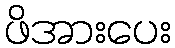
ဖိအားပေး